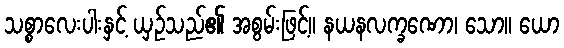
သစ္စာလေးပါးနှင့် ယှဉ်သည်၏ အစွမ်းဖြင့်။ နယနလက္ခဏော၊ သော။ ယော